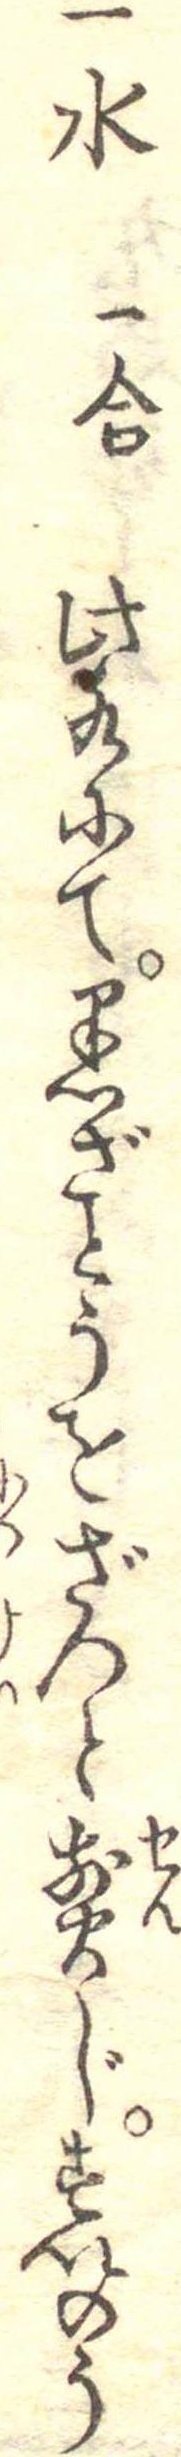
一水一合此水にて黒ざとうをざつと煎じすいのう